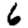
Digit: 6